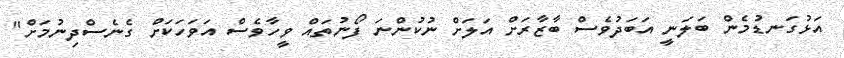
އަޅުގަނޑުމެން ބަލަނީ އަބަދުވެސް ބާޒާރަށް އަލަށް ނުކުންނަ ފޯނުތައް ވީހާވެސް އަވަހަކަށް ގެނެސްދިނުމަށް"